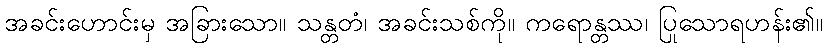
အခင်းဟောင်းမှ အခြားသော။ သန္တတံ၊ အခင်းသစ်ကို။ ကရောန္တဿ၊ ပြုသောရဟန်း၏။